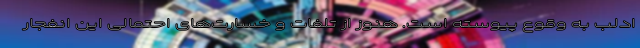
ادلب به وقوع پیوسته است. هنوز از تلفات و خسارت‌های احتمالی این انفجار